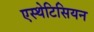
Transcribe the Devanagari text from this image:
एस्थेटिसियन